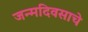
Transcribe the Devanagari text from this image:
जन्मदिवसाचे